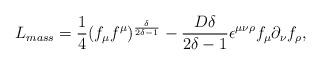
LaTeX: \begin{align*}L_{mass}=\frac{1}{4} (f_{\mu} f^{\mu} )^{\frac{\delta }{2 \delta -1}} -\frac{D \delta }{2\delta -1}\epsilon^{\mu \nu \rho } f_{\mu } \partial_{\nu } f_{\rho },\end{align*}